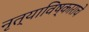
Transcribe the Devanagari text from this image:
नृत्याविष्काराचे